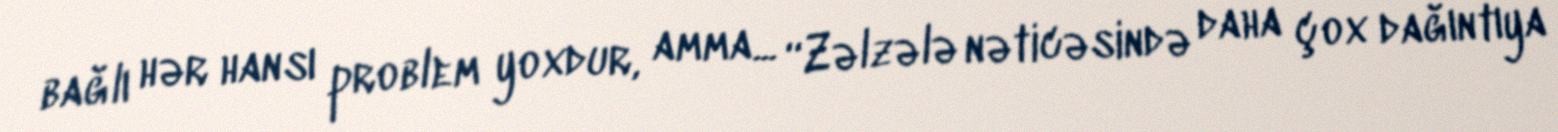
bağlı hər hansı problem yoxdur, amma... “Zəlzələ nəticəsində daha çox dağıntıya